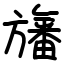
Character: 旛